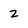
Character: 2